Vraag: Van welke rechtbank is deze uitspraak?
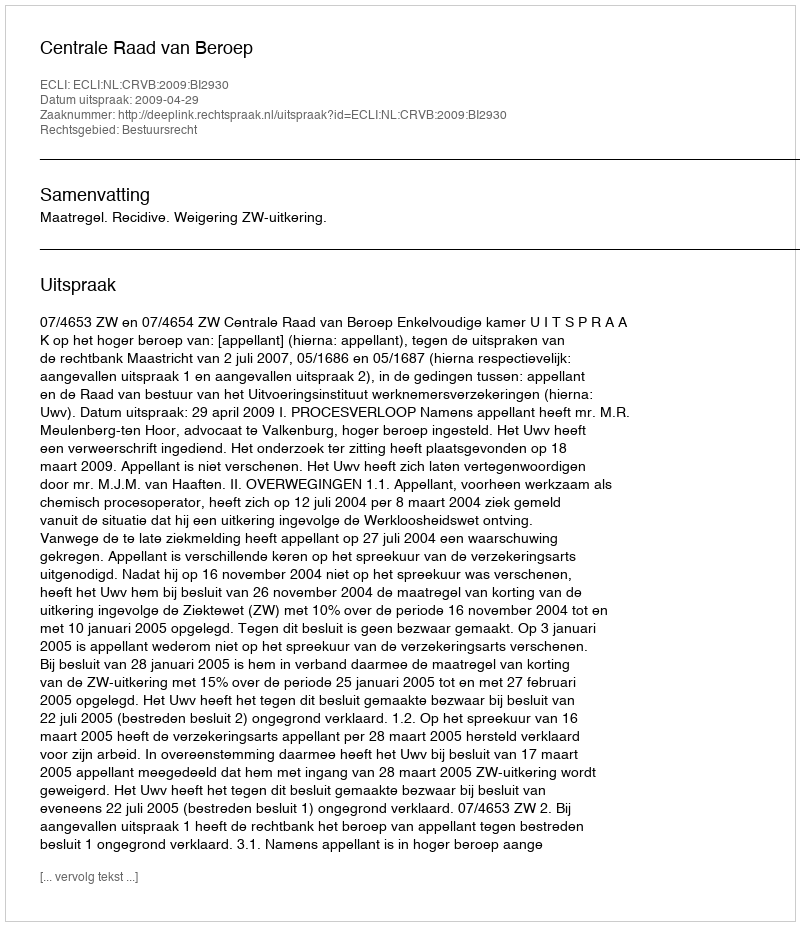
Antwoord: Centrale Raad van Beroep